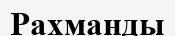
Рахманды